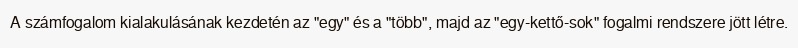
A számfogalom kialakulásának kezdetén az "egy" és a "több", majd az "egy-kettő-sok" fogalmi rendszere jött létre.